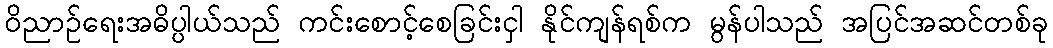
ဝိညာဉ်ရေးအဓိပ္ပါယ်သည် ကင်းစောင့်စေခြင်းငှါ နိုင်ကျန်ရစ်က မွန်ပါသည် အပြင်အဆင်တစ်ခု